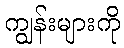
ကျွန်းများကို